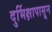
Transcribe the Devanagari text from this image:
दुर्भिक्षापासून